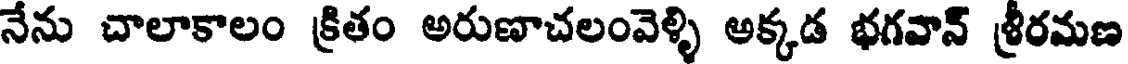
నేను చాలాకాలం క్రితం అరుణాచలంవెళ్ళి అక్కడ భగవాన్ శ్రీరమణ